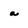
Character: a